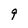
Character: 9